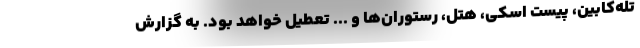
تله‌کابین، پیست اسکی، هتل، رستوران‌ها و ... تعطیل خواهد بود. به گزارش